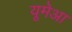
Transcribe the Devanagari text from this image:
यूमेआ